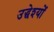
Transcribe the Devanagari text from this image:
उद्धेश्यों